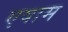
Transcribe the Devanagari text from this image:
एषाम